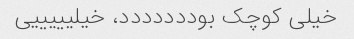
خیلی کوچک بوددددددد، خیلیییییی